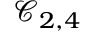
\mathcal { C } _ { 2 , 4 }